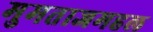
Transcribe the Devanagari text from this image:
मुमताजमहल